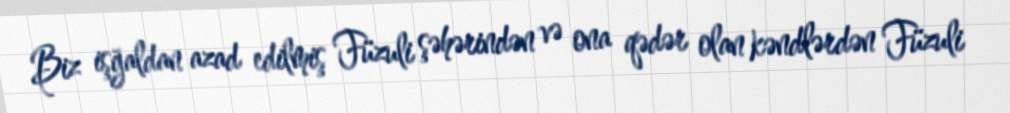
Biz işğaldan azad edilmiş Füzuli şəhərindən və ona qədər olan kəndlərdən Füzuli